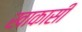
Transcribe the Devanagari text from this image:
खाकासी